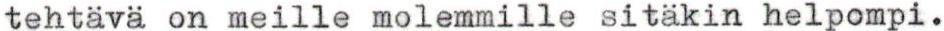
tehtävä on meille molemmille sitäkin helpompi.